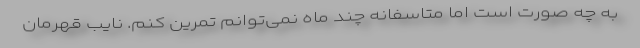
به چه صورت است اما متاسفانه چند ماه نمی‌توانم تمرین کنم. نایب قهرمان